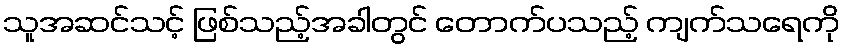
သူအဆင်သင့် ဖြစ်သည့်အခါတွင် တောက်ပသည့် ကျက်သရေကို